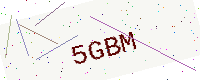
Text: 5GBM